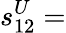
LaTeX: s_{12}^{U}=